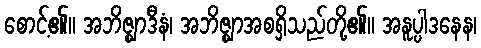
စောင့်၏။ အဘိဇ္ဈာဒီနံ၊ အဘိဇ္ဈာအစရှိသည်တို့၏။ အနူပ္ပါဒနေန၊